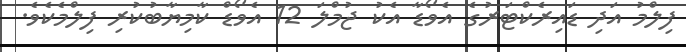
ފިލްމު އަދި ޑައިރެކްޓަރުގެ އެވޯޑާ އެކު ޖުމްލަ 12 އެވޯޑް ކާމިޔާބުކުރި ފިލްމެކެވެ.